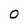
Character: O